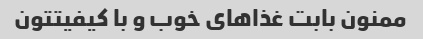
ممنون بابت غذاهای خوب و با کیفیتتون